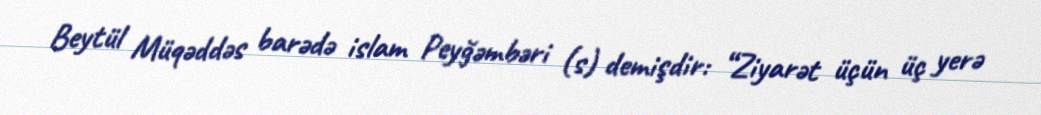
Beytül Müqəddəs barədə islam Peyğəmbəri (s) demişdir: “Ziyarət üçün üç yerə